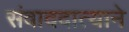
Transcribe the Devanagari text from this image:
संवाददात्याने